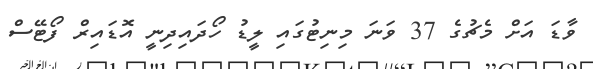
ވާޑަ އަށް މެޗުގެ 37 ވަނަ މިނިޓުގައި ލީޑު ހޯދައިދިނީ އޮޑައިރް ފޯޓޭސް